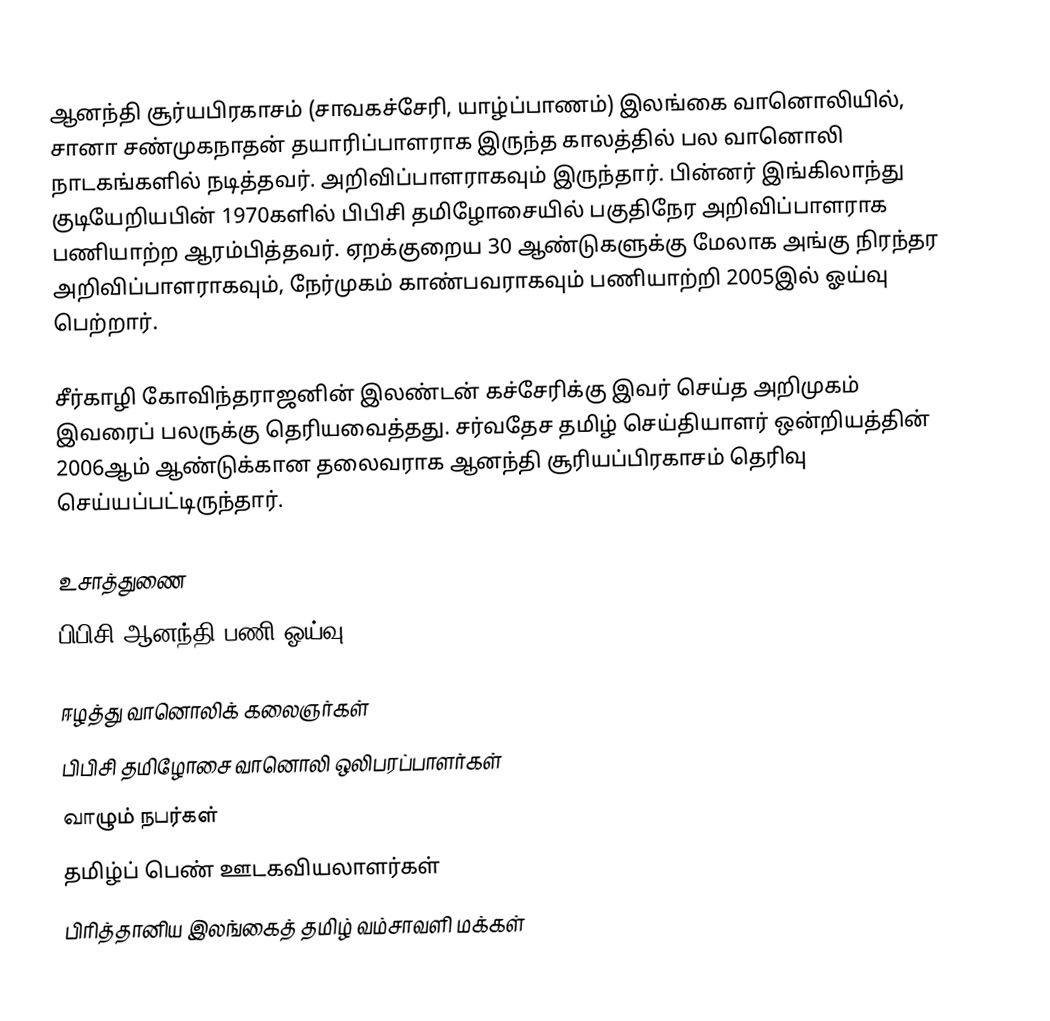
ஆனந்தி சூர்யபிரகாசம் (சாவகச்சேரி, யாழ்ப்பாணம்) இலங்கை வானொலியில், சானா சண்முகநாதன் தயாரிப்பாளராக இருந்த காலத்தில் பல வானொலி நாடகங்களில் நடித்தவர். அறிவிப்பாளராகவும் இருந்தார். பின்னர் இங்கிலாந்து குடியேறியபின் 1970களில் பிபிசி தமிழோசையில் பகுதிநேர அறிவிப்பாளராக பணியாற்ற ஆரம்பித்தவர். ஏறக்குறைய 30 ஆண்டுகளுக்கு மேலாக அங்கு நிரந்தர அறிவிப்பாளராகவும், நேர்முகம் காண்பவராகவும் பணியாற்றி 2005இல் ஓய்வு பெற்றார்.

சீர்காழி கோவிந்தராஜனின் இலண்டன் கச்சேரிக்கு இவர் செய்த அறிமுகம் இவரைப் பலருக்கு தெரியவைத்தது. சர்வதேச தமிழ் செய்தியாளர் ஒன்றியத்தின் 2006ஆம் ஆண்டுக்கான தலைவராக  ஆனந்தி சூரியப்பிரகாசம் தெரிவு செய்யப்பட்டிருந்தார்.

உசாத்துணை
 பிபிசி ஆனந்தி பணி ஓய்வு

ஈழத்து வானொலிக் கலைஞர்கள்
பிபிசி தமிழோசை வானொலி ஒலிபரப்பாளர்கள்
வாழும் நபர்கள்
தமிழ்ப் பெண் ஊடகவியலாளர்கள்
பிரித்தானிய இலங்கைத் தமிழ் வம்சாவளி மக்கள்